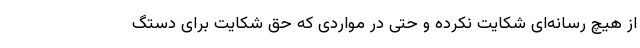
از هیچ رسانه‌ای شکایت نکرده و حتی در مواردی که حق شکایت برای دستگ